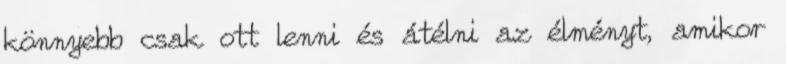
könnyebb csak ott lenni és átélni az élményt, amikor